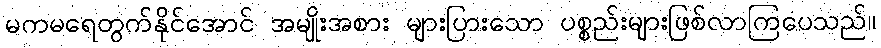
မကမရေတွက်နိုင်အောင် အမျိုးအစား များပြားသော ပစ္စည်းများဖြစ်လာကြပေသည်။